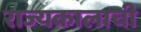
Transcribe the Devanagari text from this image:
राज्यकालाची